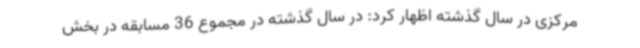
مرکزی در سال گذشته اظهار کرد: در سال گذشته در مجموع 36 مسابقه در بخش